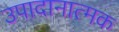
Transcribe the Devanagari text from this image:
उपादानात्मक